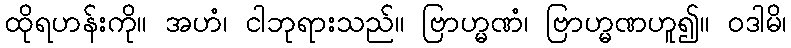
ထိုရဟန်းကို။ အဟံ၊ ငါဘုရားသည်။ ဗြာဟ္မဏံ၊ ဗြာဟ္မဏဟူ၍။ ဝဒါမိ၊